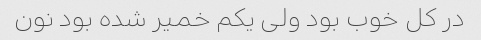
در کل خوب بود ولی یکم خمیر شده بود نون